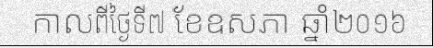
កាលពីថ្ងៃទី៧ ខែឧសភា ឆ្នាំ២០១៦